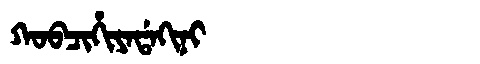
Manchu: ᡴᠣᠪᠴᡳᡥᡳᠶᠠᡩᠠᡴᡳᠨᡳ
Romanization: KOBCIHIYADAKINI